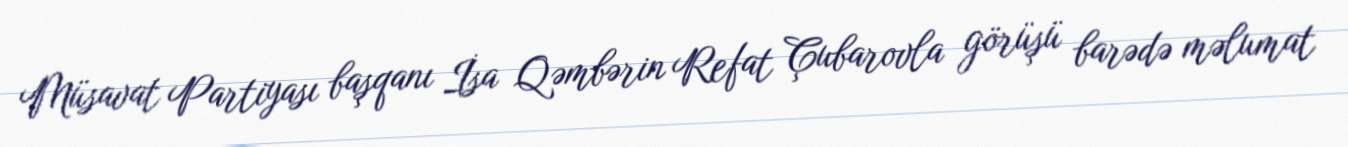
Müsavat Partiyası başqanı İsa Qəmbərin Refat Çubarovla görüşü barədə məlumat